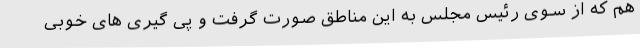
هم که از سوی رئیس مجلس به این مناطق صورت گرفت و پی گیری های خوبی